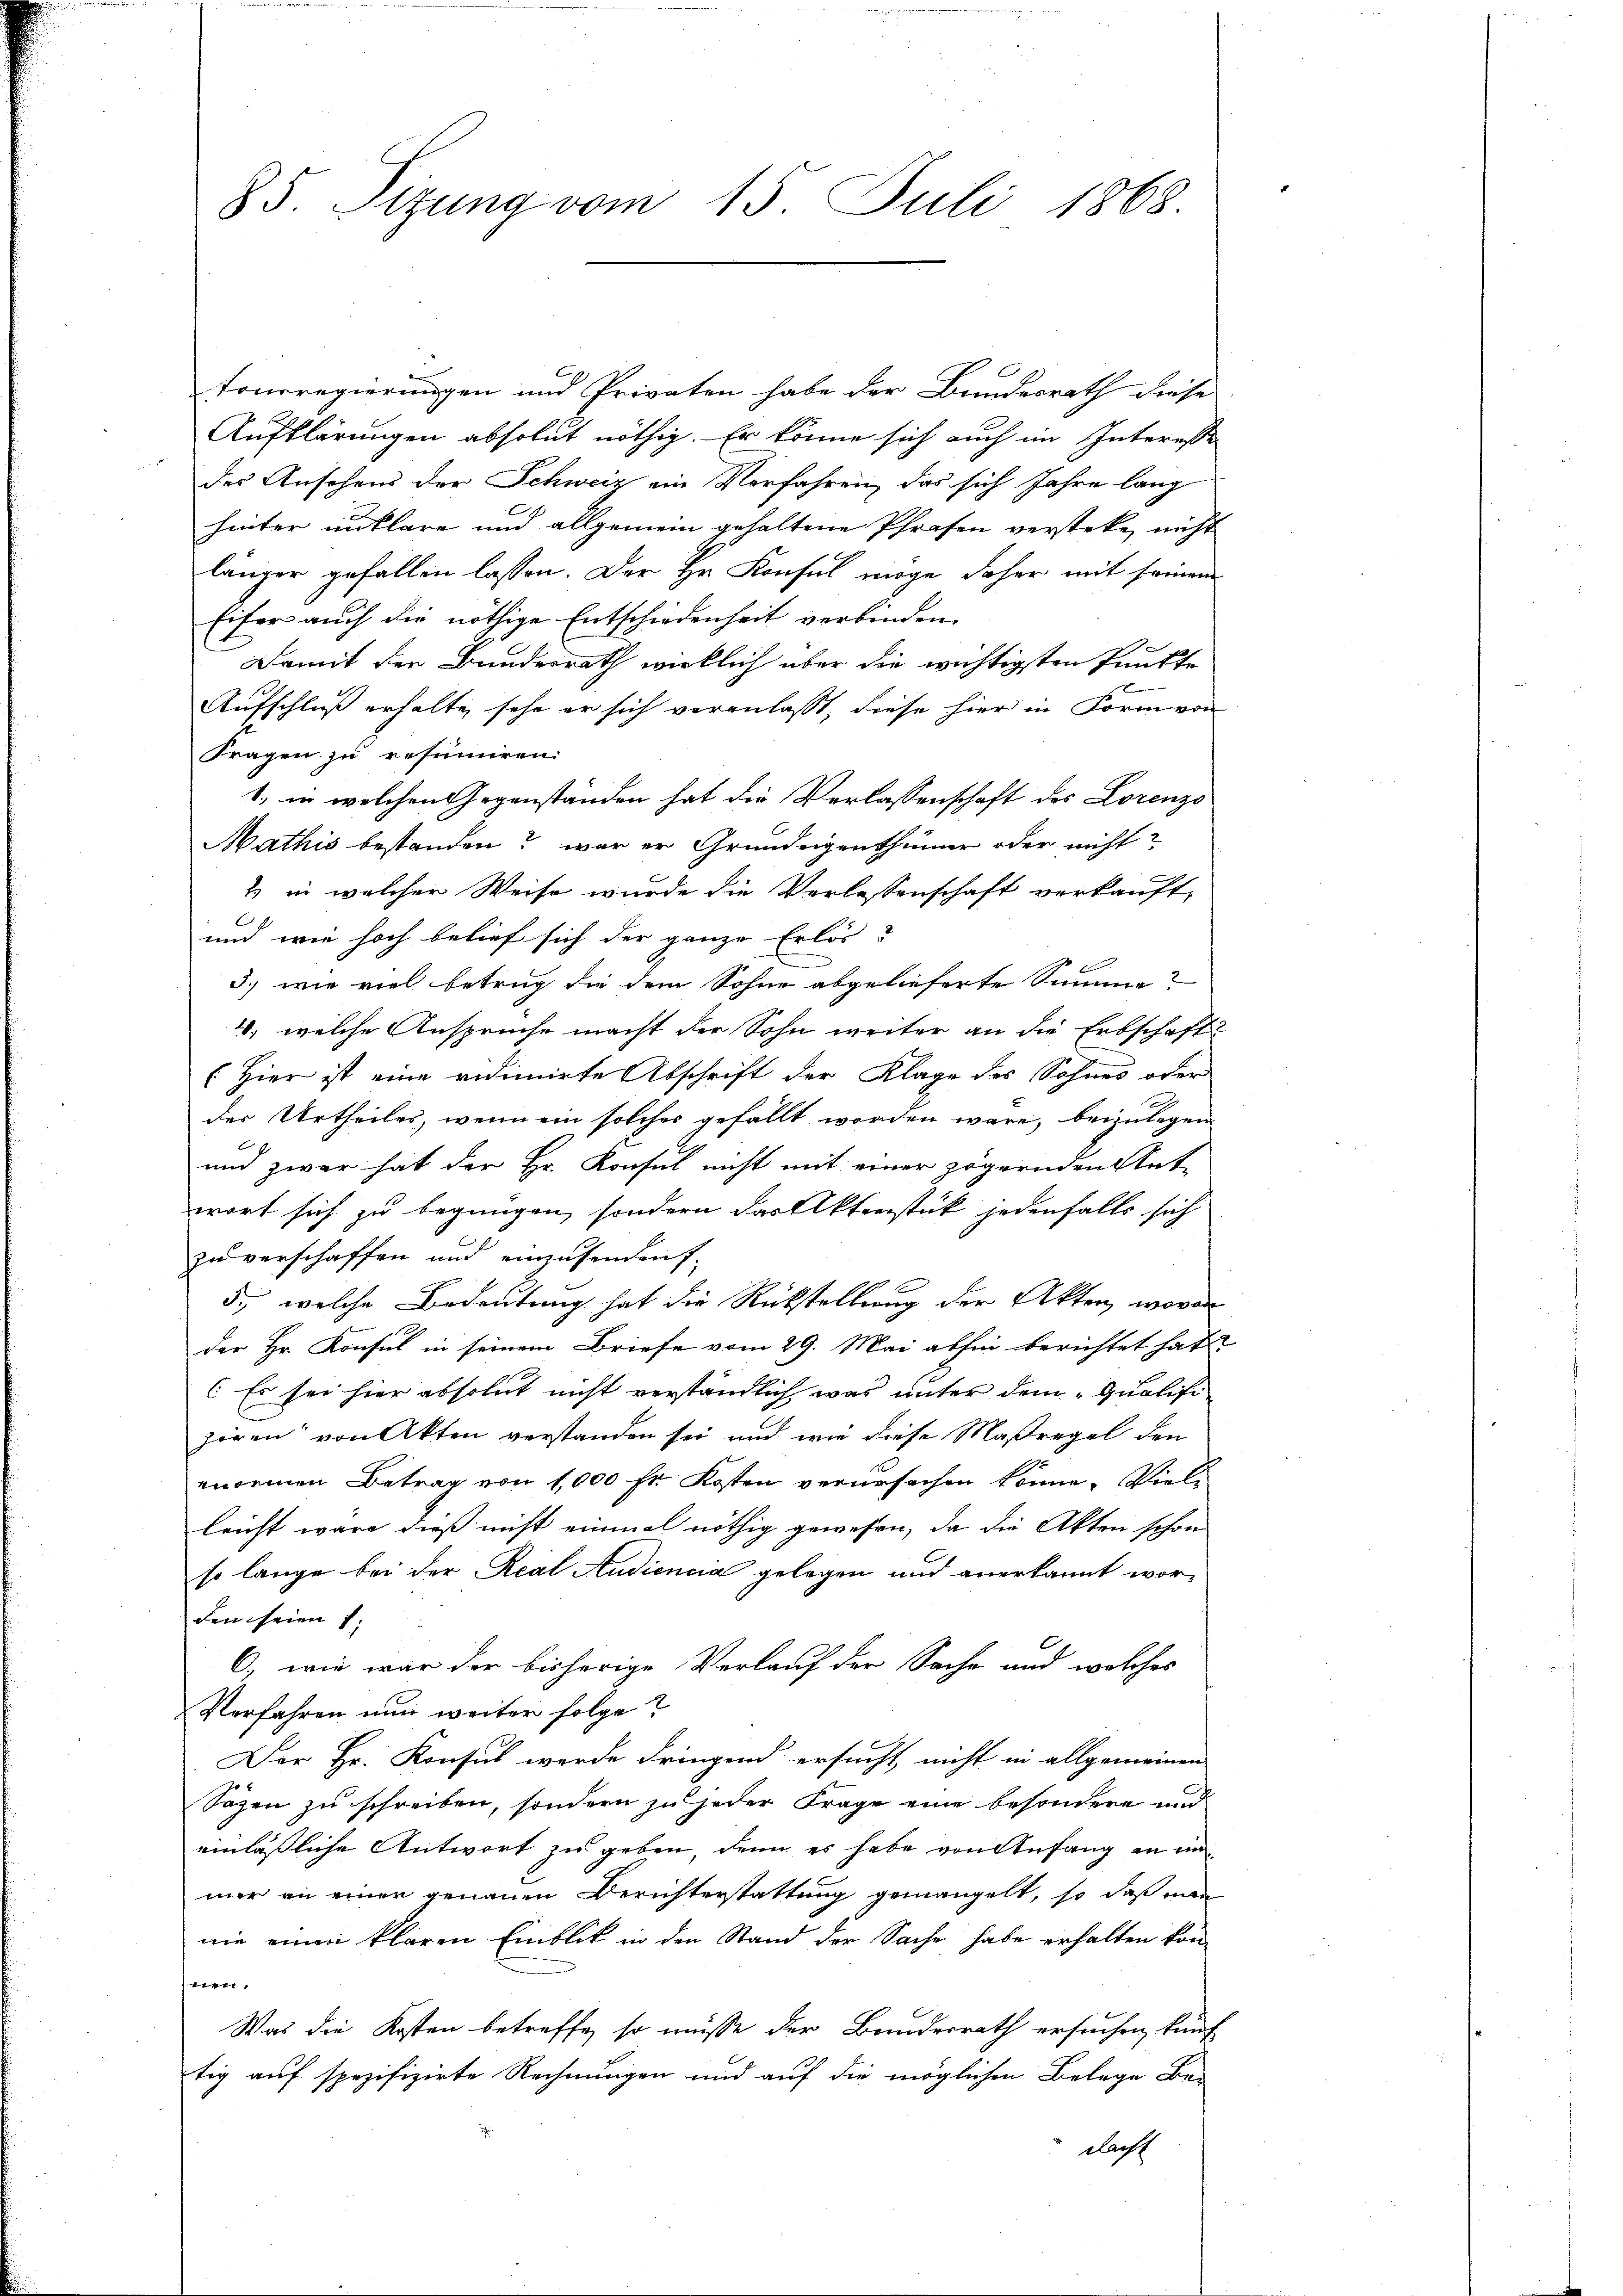
85. Sitzung vom 15. Juli 1868.

tonsregierungen und Privaten habe der Bundesrath diese
Aufklärungen absolut nöthig. Er könne sich auch im Interesse
des Ansehens der Schweiz ein Verfahren, das sich Jahre lang
hinter unklare und allgemein gehaltene Pfrasen verstete, nicht
länger gefallen lassen. Der Hr. Konsul möge daher mit seinem
Eifer auch die nöthige Entschiedenheit verbinden.
Damit den Bundesrath wirklich über die wichtigsten Punkte
Aufschluß erhalte, sehe er sich veranlasst, diese hier in Form von
Fragen zu resumiren.
1, in welchen Gegenständen hat die Verlassenschaft des Lorenzo
Mathis bestanden? war er Grundeigenthümer oder nicht
& in welcher Weise wurde die Verlassenschaft verkauft,
s
und wie hoch belief sich der ganze Erlös
3.) wie viel betrug die dem Sohne abgelieferte Summe?
4, welche Anspruche macht der Sohn weiter an die Erbschaft-
(Hier ist eine vidimirte Abschrift der Klage des Sohnes oder
der Urtheiles, wenn ein solcher gefällt worden wäre, beizulegen
und zwar hat der Hr. Konsul nicht mit einer zögernden Ant-
wort sich zu begnügen, sondern das Aktenstück jedenfalls sich
zu verschaffen und einzusenden,
5., welche Bedeutung hat die Rückstellung der Akten, wovon
der Hr. Konsul in seinem Briefe vom 29. Mai abhin berichtet hat.
 Es sei hier absolut nicht verständlich was unter dem „Qualifi
zören von Akten verstanden sei und wie diese Maßregel den
enormen Betrag von 1000 fr Kosten verursachen könne. Viele
leicht wäre dieß nicht einmal nöthig gewesen, da die Akten schon
so lange bei der Real Audiencia gelegen und anerkannt wor-
den seien ;
6) wie war der bisherige Verlauf der Sache und welches
Verfahren nun weiter folge?
Der Hr. Konsul werde dringend ersucht nicht in allgemeinen
Säzen zu schreiben, sondern zu jeder Frage eine besondere und
einläßliche Antwort zu geben, denn es habe von Anfang an im
mer an einer genauen Berichterstattung gemangelt, so daß man
nie einen klaren Einblik in den Stand der Sache habe erhalten können.
Was die Kosten betreffe, so müsse der Bundesrath ersuchen, künf
tig auf spezifizirte Rechnungen und auf die möglichen Belege Be-
dacht